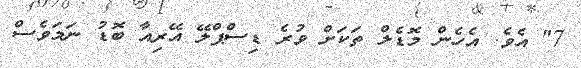
7" އެވެ. އެހެން މޮޑެލް ތަކަށް ވުރެ ޑިސްޕްލޭ އޭރިއާ ބޮޑު ނަމަވެސް